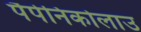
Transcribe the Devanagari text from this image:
पैपेनिकोलाउ